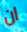
ان